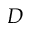
\boldsymbol { D }